NAE_kihelkonnakohtute_kirjad_ja_protokollid_1869-1889, lk 5
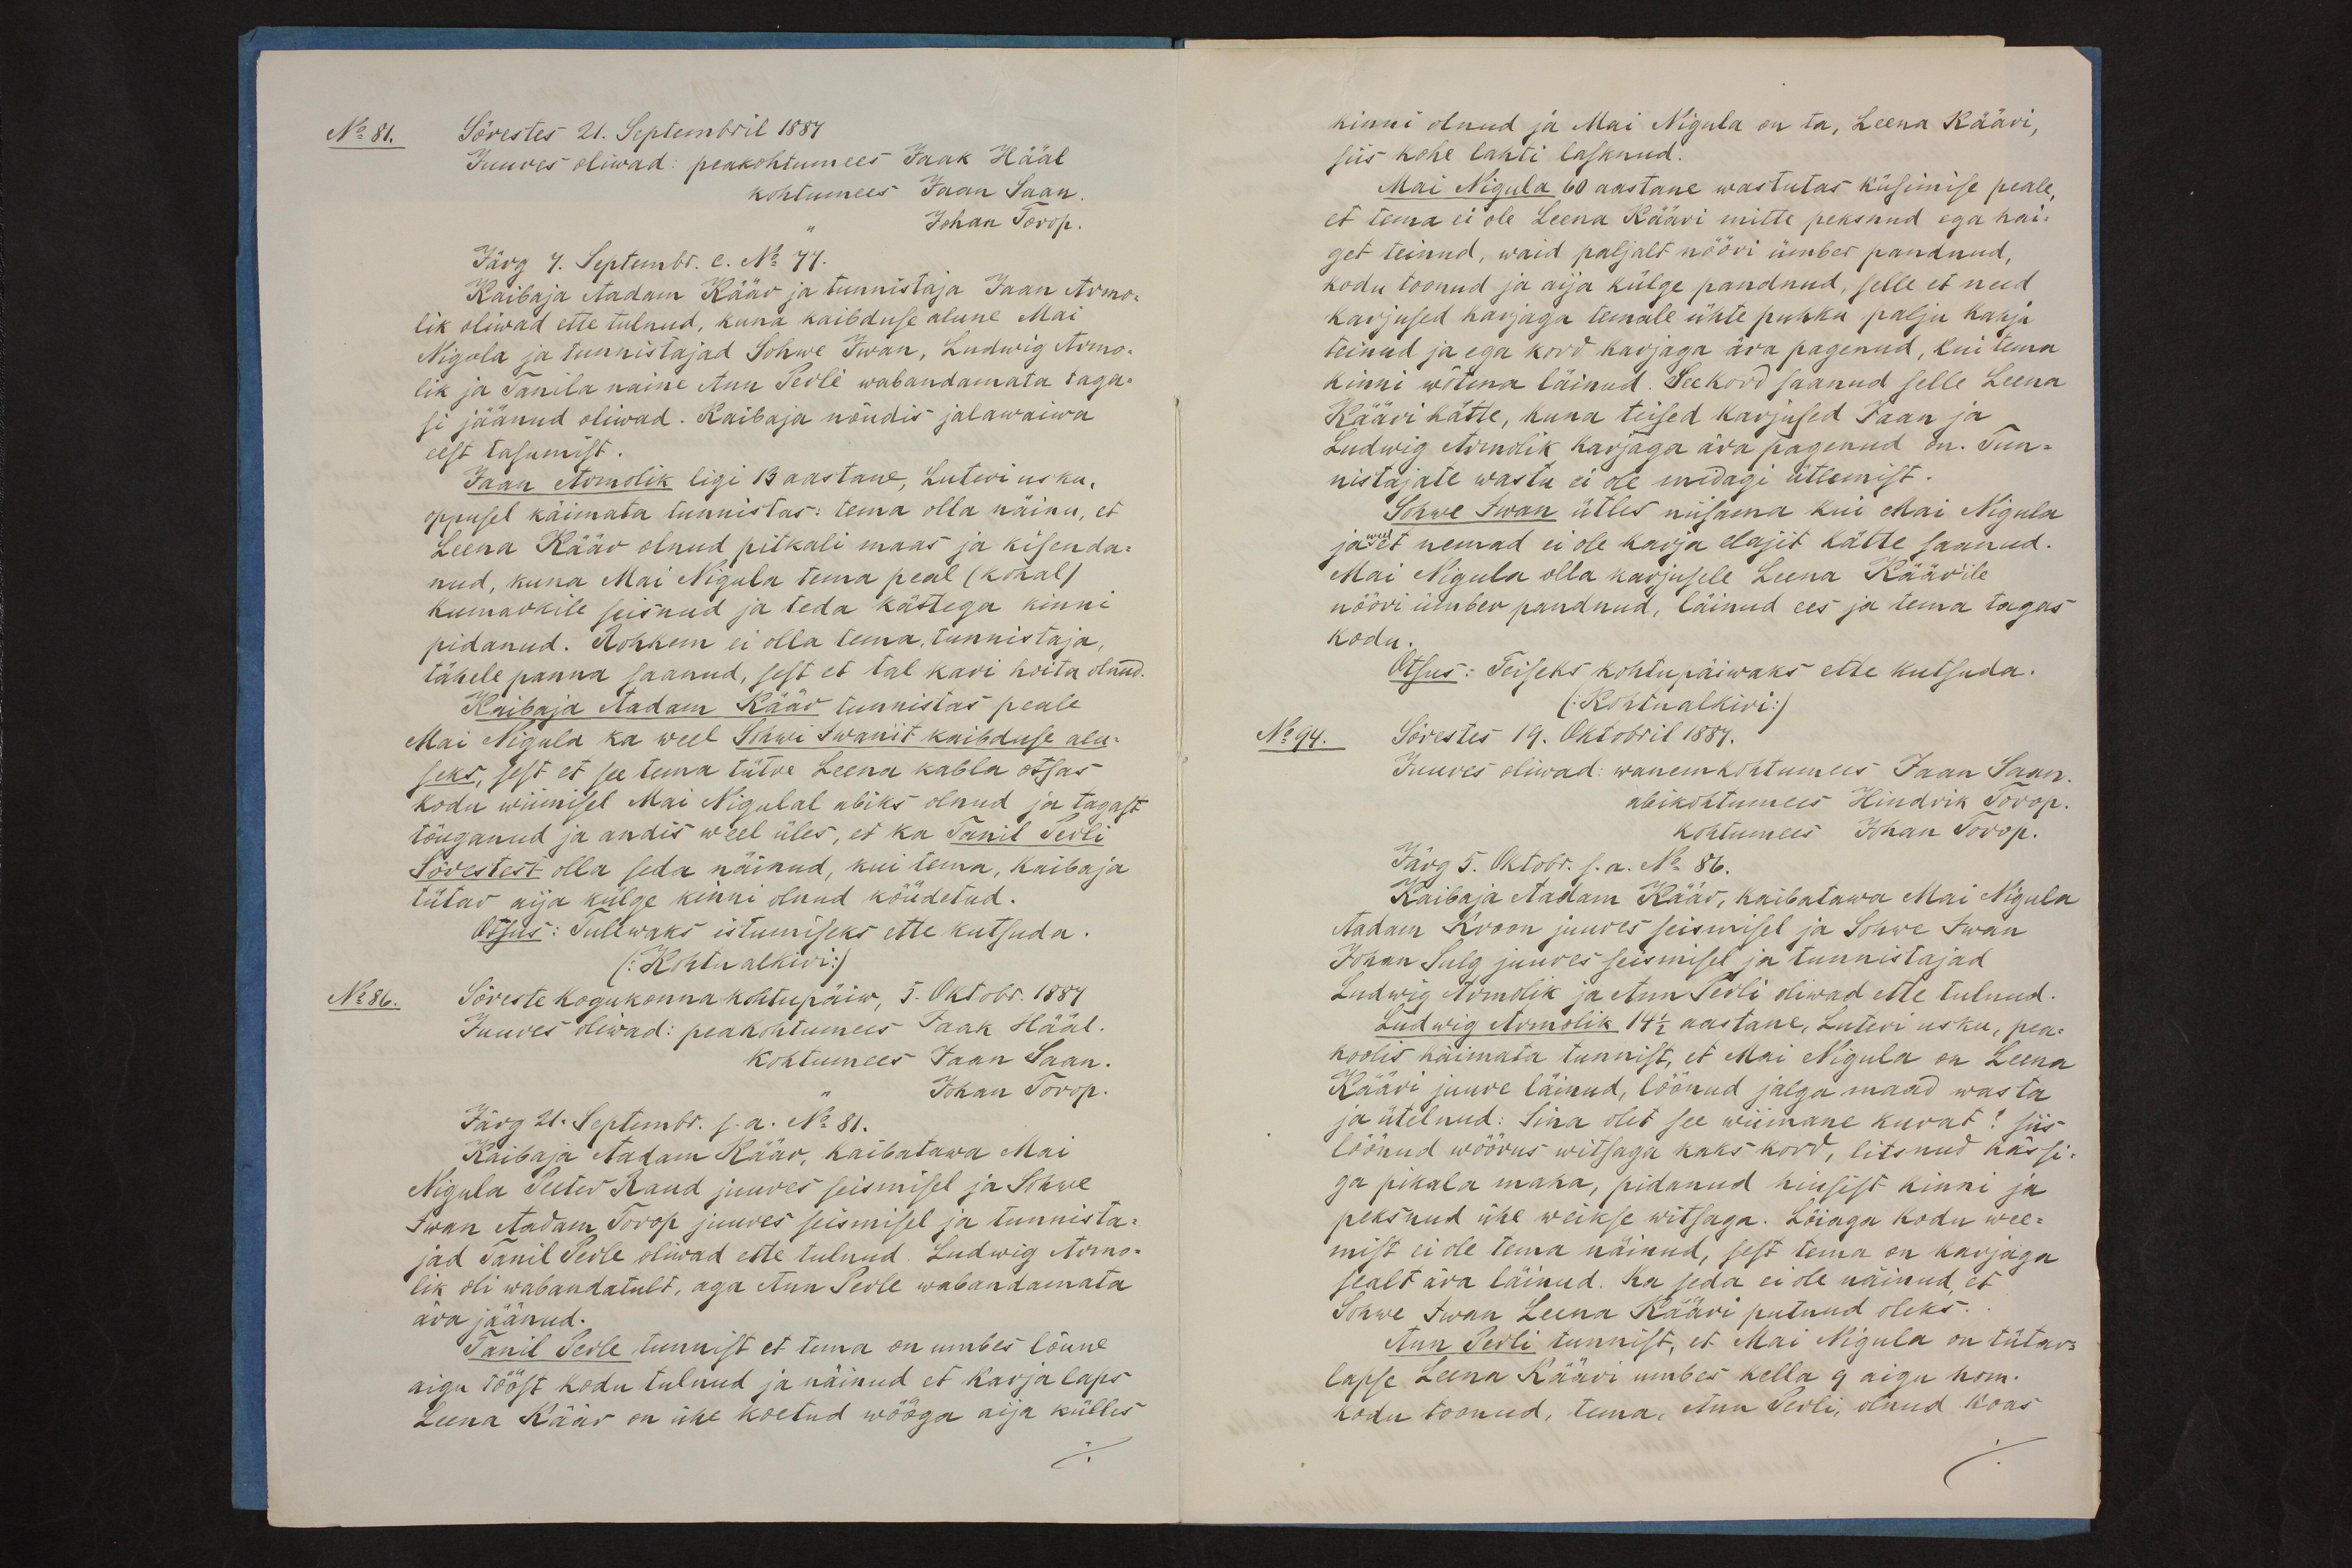
No: 81.

No: 86.

Sõrestes 21. Septembril 1887
Juures oliwad: peakohtumees Jaak Hääl
kohtumees Jaan Saan
Johan Torop.
Järg 4. Septembr. c. N 77.
Kaibaja Aadam Käär ja tunnistaja Jaan Armo-
lik oliwad ette tulnud, kuna kaibduse alune Mai
Nigula ja tunnistajad Sohwe Iwan, Ludwig Armo-
lik ja Tanila naine Ann Peole wabandamata taga-
si jäänud oliwad. Kaibaja nõudis jalawaiwa
eest tasumist.
Jaan Armolik ligi 13 aastane, Luteri usku.
õppusel käimata tunnistas: tema olla näinu, et
Leena Käär olnud pitkali maas ja kisenda-
nud, kuna Mai Nigula tema peal (kohal)
kumarkile seisnud ja teda kättega kinni
pidanud. Rohkem ei olla tema, tunnistaja,
tähele panna saanud, sest et tal kari hoita olnud.
Kaibaja Aadam Käär tunnistas peale
Mai Nigula ka weel Sohwi Iwanit kaibduse alu-
seks, sest et see tema tütre Leena kabla otsas
kodu wiimisel Mai Nigulal abiks olnud ja tagast
tõuganud ja andis weel üles, et ka Tanil Perli
Sõrestest olla seda näinud, kui tema, kaibaja
tütar aia külge kinni olnud kõudetud.
Otsus: Tulewaks istumiseks ette kutsuda.
(.Kohtu alkiri:)
Sõreste kogukonna kohtupäiw, 5. Oktobr. 1887
Juures oliwad: peakohtumees Jaak Hääl.
kohtumees Jaan Saan.
Johan Torop.
Järg 21. Septembr. s. a. No 81.
Kaibaja Aadam Käär, kaibatawa Mai
Nigula Peeter Raud juures seismisel ja Sohwe
Iwan Aadam Torop juures seismisel ja tunnista-
jad Tanil Perle oliwad ette tulnud. Ludwig Armo-
lik oli wabandatult, aga Ann Perle wabandamata
ära jäänud.
Tanil Perle tunnist et tema on umbes lõune
aigu tööst kodu tulnud ja näinud et karja laps
Leena Käär on ühe koetud wööga aija külles

kinni olnud ja Mai Nigula on ta, Leena Kääri,
siis kohe lahti lasknud.
Mai Nigula 60 aastane wastutas küsimise peale
et tema ei ole Leena Kääri mitte peksnud ega hai-
get teinud, waid paljalt nööri ümber pandnud,
kodu toonud ja aija külge pandnud, selle et need
karjused harjaga temale ühte puhku palju kahju
teinud ja ega kord karjaga ära põgenud, kui tema
kinni wõtma läinud. Seekord saanud selle Leena
Kääri hätte, kuna teised karjused Jaan ja
Ludwig Armolik karjaga ära põgenud on. Tun-
nistajate wastu ei ole midagi ütlemist.
Sohwe Iwan ütles niisama kui Mai Nigula
ja weel et nemad ei ole karja elajit hätte saanud.
Mai Nigula olla karjusele Leena Käärile
nööri ümber pandnud, läinud ees ja tema tagas
kodu.
Otsus: Teiseks kohtupäiwaks ette kutsuda.
(Kohtualkiri:)
Sõrestes 19. Oktobril 1887.
No: 94.
Juures oliwad: wanemkohtumees Jaan Saan.
abikohtumees Hindrik Torop.
kohtumees Johan Torop.
Järg 5. Oktobr. s. a. No. 86.
Kaibaja Aadam Käär, kaibatawa Mai Nigula
Aadam Kroon juures seismisel ja Sohwe Iwan
Johan Sulg juures seismisel ja tunnistajad
Ludwig Armolik ja Ann Perli oliwad ette tulnud.
Ludwig Armolik 14 1/2 aastane, Luteri usku, pea-
koolis käimata tunnist, et Mai Nigula on Leena
Kääri juure läinud, löönud jalga maad wasta
ja ütelnud. Sina olet see wiimane kurat? Siis
löönud wõõrus witsaga kaks kord, litsnud kässi-
ga pikala maha, pidanud hiusist kinni ja
peksnud ühe weikse witsaga. Lõiaga kodu wee-
mist ei ole tema näinud, sest tema on karjaga
sealt ära läinud. Ka seda ei ole näinud, et
Sohwe Iwan Leena Kääri putnud oleks.
Ann Perli tunnist, et Mai Nigula on tütar
lapse Leena Kääri umbes kella 9 aigu hom.
kodu toonud, tuna, Ann Perli, olnud koas